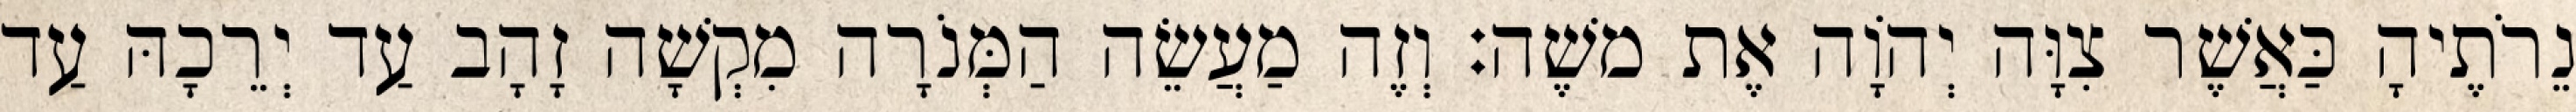
נֵרֹתֶיהָ כַּאֲשֶׁר צִוָּה יְהוָֹה אֶת משֶׁה׃ וְזֶה מַעֲשֵׂה הַמְּנֹרָה מִקְשָׁה זָהָב עַד יְרֵכָהּ עַד